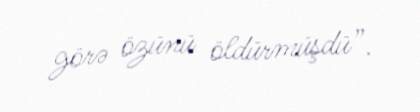
görə özünü öldürmüşdü”.